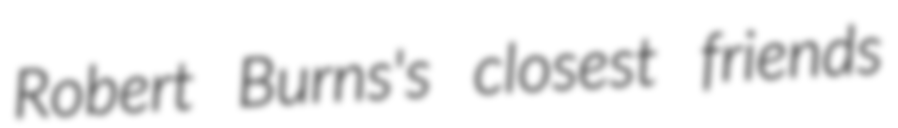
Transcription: Robert Burns's closest friends